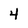
Character: 4